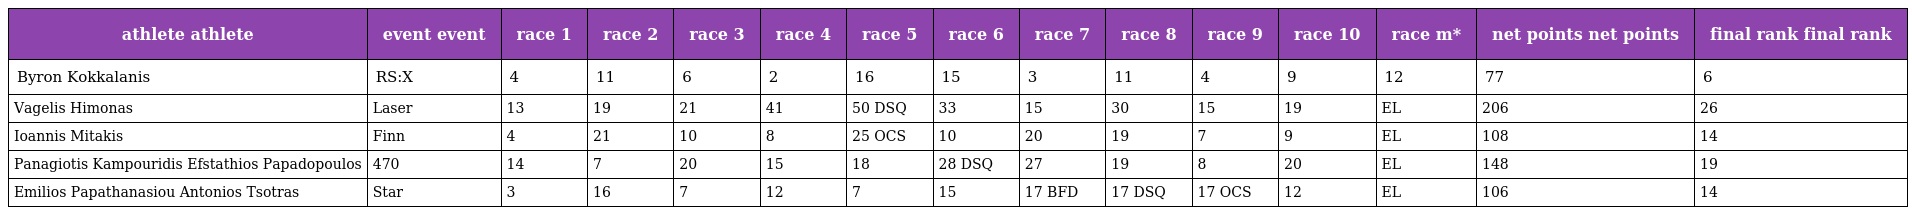
| athlete athlete | event event | race 1 | race 2 | race 3 | race 4 | race 5 | race 6 | race 7 | race 8 | race 9 | race 10 | race m* | net points net points | final rank final rank |
 | --- | --- | --- | --- | --- | --- | --- | --- | --- | --- | --- | --- | --- | --- | --- |
 | Byron Kokkalanis | RS:X | 4 | 11 | 6 | 2 | 16 | 15 | 3 | 11 | 4 | 9 | 12 | 77 | 6 |
 | Vagelis Himonas | Laser | 13 | 19 | 21 | 41 | 50 DSQ | 33 | 15 | 30 | 15 | 19 | EL | 206 | 26 |
 | Ioannis Mitakis | Finn | 4 | 21 | 10 | 8 | 25 OCS | 10 | 20 | 19 | 7 | 9 | EL | 108 | 14 |
 | Panagiotis Kampouridis Efstathios Papadopoulos | 470 | 14 | 7 | 20 | 15 | 18 | 28 DSQ | 27 | 19 | 8 | 20 | EL | 148 | 19 |
 | Emilios Papathanasiou Antonios Tsotras | Star | 3 | 16 | 7 | 12 | 7 | 15 | 17 BFD | 17 DSQ | 17 OCS | 12 | EL | 106 | 14 |